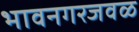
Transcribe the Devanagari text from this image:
भावनगरजवळ